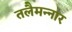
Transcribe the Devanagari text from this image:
तलैमन्‍नार